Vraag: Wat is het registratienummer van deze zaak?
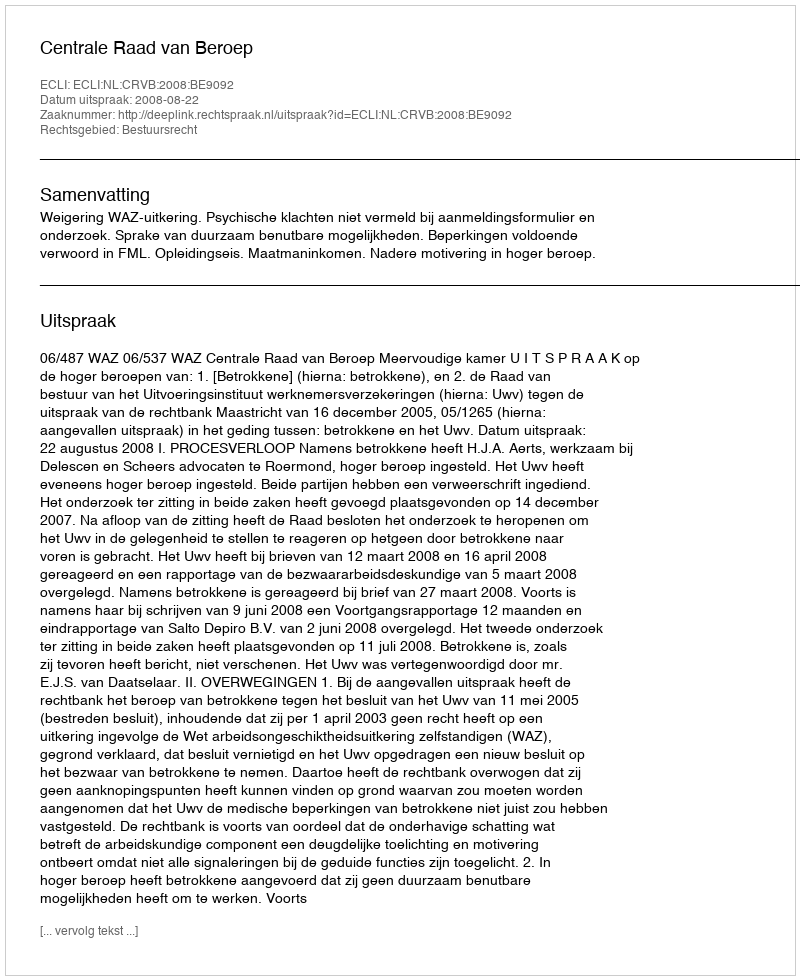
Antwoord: http://deeplink.rechtspraak.nl/uitspraak?id=ECLI:NL:CRVB:2008:BE9092